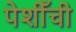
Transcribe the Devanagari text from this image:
पेशीँची